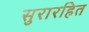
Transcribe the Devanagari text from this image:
सुरारहित